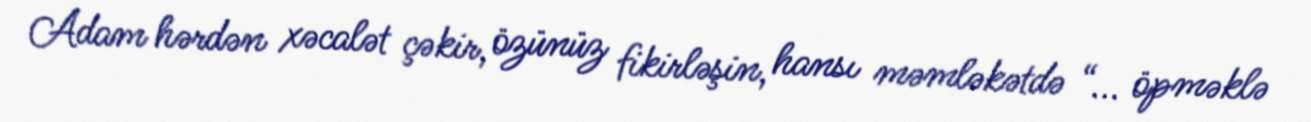
Adam hərdən xəcalət çəkir, özünüz fikirləşin, hansı məmləkətdə “... öpməklə